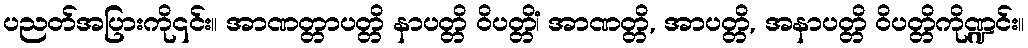
ပညတ်အပြားကို၎င်း။ အာဏတ္တာပတ္တိ နာပတ္တိ ဝိပတ္တိံ၊ အာဏတ္တိ, အာပတ္တိ, အနာပတ္တိ ဝိပတ္တိကိုဏ္ဍင်း။